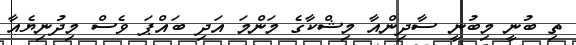
ތި ބުނީ މިބުނީ ސާދިންއާ މިޝްކާގެ މަންމަ އަދި ބައްޕަ ވެސް މިދުނިޔެެއާ